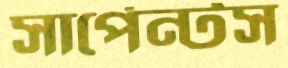
সার্পেন্টস